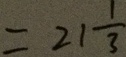
= 2 1 \frac { 1 } { 3 }